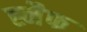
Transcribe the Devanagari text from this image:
ह्नैफ